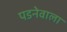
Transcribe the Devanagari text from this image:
पडनेवाला